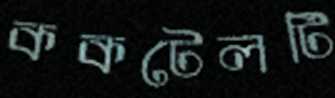
ককটেলটি